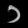
Digit: ၁